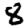
Digit: 8